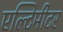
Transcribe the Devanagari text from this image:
एल्टिमीटर